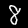
Label: 8